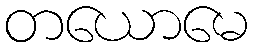
တယောမေ